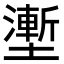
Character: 壍